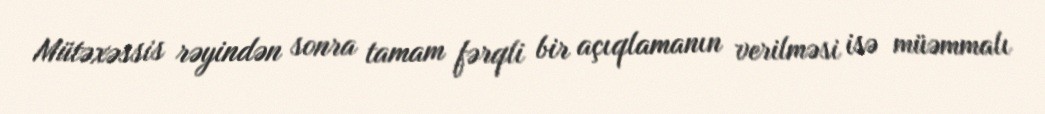
Mütəxəssis rəyindən sonra tamam fərqli bir açıqlamanın verilməsi isə müəmmalı